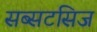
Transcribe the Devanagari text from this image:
सब्सटसिज